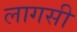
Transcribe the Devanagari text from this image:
लागसी